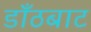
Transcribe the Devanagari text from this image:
डाँठबाट